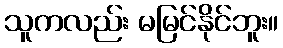
သူကလည်း မမြင်နိုင်ဘူး။